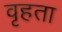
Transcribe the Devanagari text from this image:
वृहता